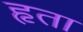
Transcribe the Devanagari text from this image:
हृता